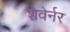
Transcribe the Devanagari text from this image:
शेवेर्नर